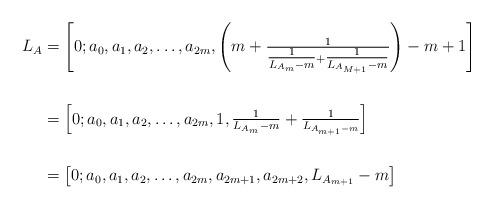
LaTeX: \begin{align*}L_{A}&=\left[0;a_0,a_1,a_2,\ldots, a_{2m}, \left( m +\tfrac{1}{\tfrac{1}{L_{A_{m}}-m}+\tfrac{1}{L_{A_{M+1}}-m}} \right) -m+1 \right]\\ \\&=\left[0;a_0,a_1,a_2,\ldots, a_{2m},1, \tfrac{1}{L_{A_{m}}-m}+\tfrac{1}{L_{A_{m+1}-m}} \right]\\ \\&=\left[0;a_0,a_1,a_2,\ldots, a_{2m},a_{2m+1}, a_{2m+2}, L_{A_{m+1}}-m \right]\end{align*}